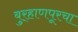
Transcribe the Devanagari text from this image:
बुर्‍हाणपूरचा